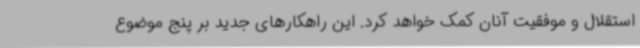
استقلال و موفقیت آنان کمک خواهد کرد. این راهکارهای جدید بر پنج موضوع